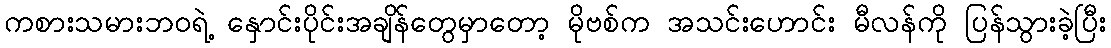
ကစားသမားဘဝရဲ့ နှောင်းပိုင်းအချိန်တွေမှာတော့ မိုဗစ်က အသင်းဟောင်း မီလန်ကို ပြန်သွားခဲ့ပြီး